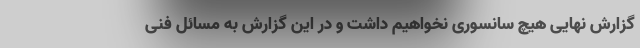
گزارش نهایی هیچ سانسوری نخواهیم داشت و در این گزارش به مسائل فنی